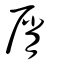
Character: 屑